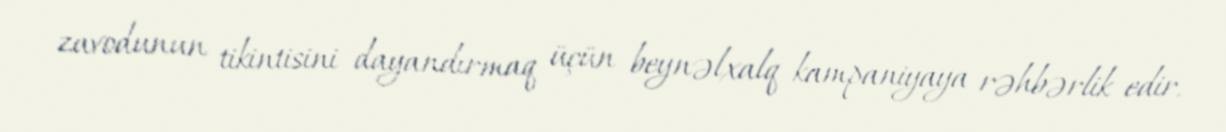
zavodunun tikintisini dayandırmaq üçün beynəlxalq kampaniyaya rəhbərlik edir.